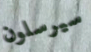
سيرسلون